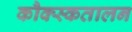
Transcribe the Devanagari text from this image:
कौक्स्कतालन